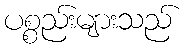
ပစ္စည်းများသည်